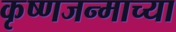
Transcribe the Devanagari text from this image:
कृष्णजन्माच्या